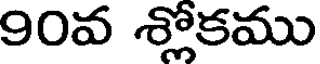
90వ శ్లోకము